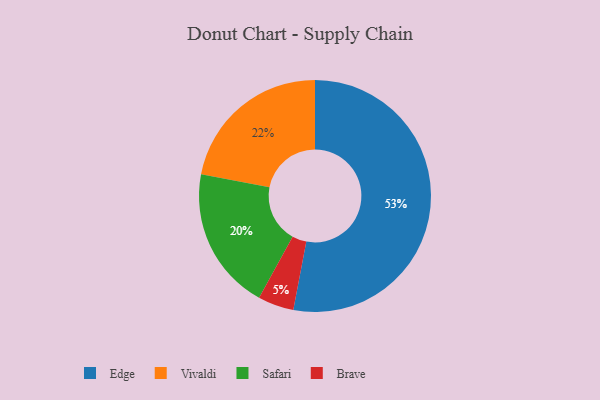
{"axis": {"x": "Category", "y": "Percentage"}, "legend": ["Brave", "Edge", "Safari", "Vivaldi"], "data": [{"x": "Safari", "y": 20, "type": "Safari"}, {"x": "Vivaldi", "y": 22, "type": "Vivaldi"}, {"x": "Edge", "y": 53, "type": "Edge"}, {"x": "Brave", "y": 5, "type": "Brave"}]}